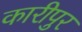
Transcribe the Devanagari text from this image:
कारीपुर